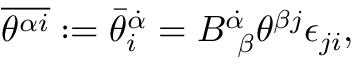
\overline { { { \theta ^ { \alpha i } } } } : = { \bar { \theta } } _ { i } ^ { \dot { \alpha } } = B _ { ~ \beta } ^ { \dot { \alpha } } \theta ^ { \beta j } \epsilon _ { j i } ,